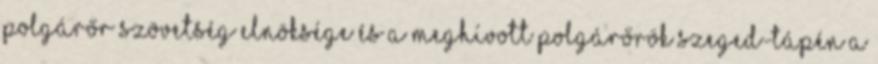
Polgárőr Szövetség elnöksége és a meghívott polgárőrök Szeged-Tápén a